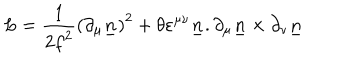
LaTeX: L = { \frac { 1 } { 2 { f } ^ { 2 } } } { ( \partial _ { \mu } { \underline { { n } } } ) } ^ { 2 } + { \theta } { { \varepsilon } ^ { \mu \nu } } { \underline { { n } } } . { \partial _ { \mu } { \underline { { n } } } } \times { \partial _ { \nu } { \underline { { n } } } }